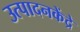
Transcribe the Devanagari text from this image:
उत्पादनकेंद्रे